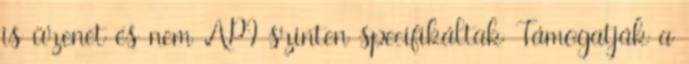
is üzenet és nem API szinten specifikáltak Támogatják a